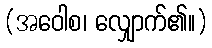
(အဝေါစ၊ လျှောက်၏။)